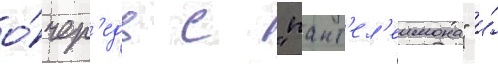
о́чер'едь с "пант'ел'еимона" и́